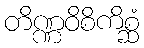
တိဏ္ဏဝိစိကိစ္ဆံ